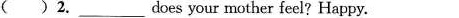
()2.___ does your mother feel? Happy.